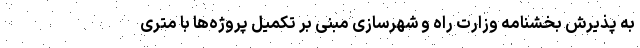
به پذیرش بخشنامه وزارت راه و شهرسازی مبنی بر تکمیل پروژه‌ها با متری